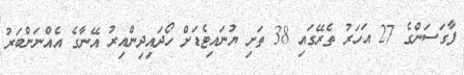
ފާގަސަންގެ 27 އަހަރު ތެރޭގައި 38 ތަށި ޔުނައިޓެޑަށް ހޯދައިދިންއިރު އޭނާގެ އެއްނަންބަރު